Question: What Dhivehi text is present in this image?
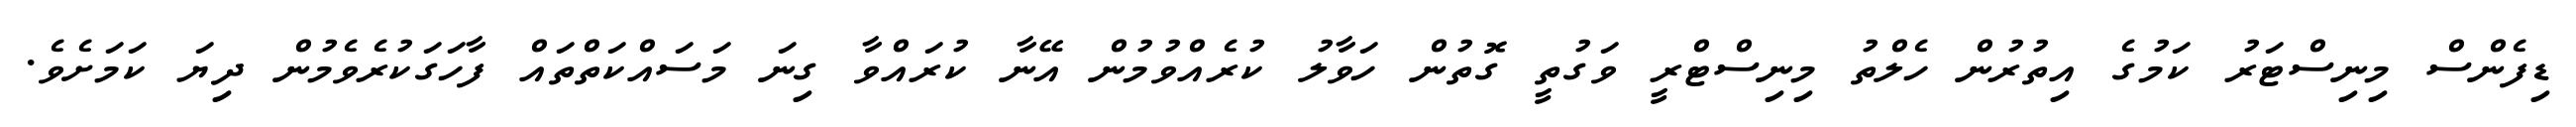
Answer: ޑިފެންސް މިނިސްޓަރު ކަމުގެ އިތުރުން ހެލްތު މިނިސްޓްރީ ވަގުތީ ގޮތުން ހަވާލު ކުރެއްވުމުން އޭނާ ކުރައްވާ ގިނަ މަސައްކަތްތައް ފާހަގަކުރެވެމުން ދިޔަ ކަމަށެވެ.